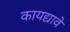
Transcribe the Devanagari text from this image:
कायद्यावे